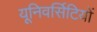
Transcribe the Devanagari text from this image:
यूनिवर्सिटियों